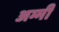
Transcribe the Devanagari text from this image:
अम्मी